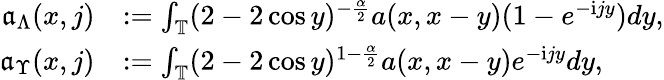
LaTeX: \begin{array}{rl}{\mathfrak{a}_{\Lambda}(x,j)}&{:=\int_{\mathbb{T}}(2-2\cos y)^{-\frac{\alpha}2}a(x,x-y)(1-e^{-\mathrm{i}jy})dy,}\\ {\mathfrak{a}_{\Upsilon}(x,j)}&{:=\int_{\mathbb{T}}(2-2\cos y)^{1-\frac{\alpha}2}a(x,x-y)e^{-\mathrm{i}jy}dy,}\end{array}